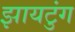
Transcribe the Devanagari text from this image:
झायटुंग